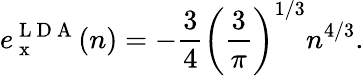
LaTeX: e_{\mathrm{~x~}}^{\mathrm{~L~D~A~}}(n)=-\frac{3}{4}\left(\frac{3}{\pi}\right)^{1/3}n^{4/3}.